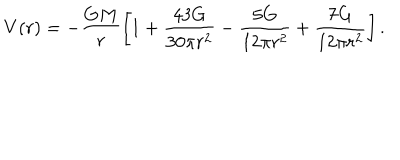
V ( r ) = - \frac { G M } { r } \left[ 1 + \frac { 4 3 G } { 3 0 \pi r ^ { 2 } } - \frac { 5 G } { 1 2 \pi r ^ { 2 } } + \frac { 7 G } { 1 2 \pi r ^ { 2 } } \right] .